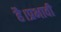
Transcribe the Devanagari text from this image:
है।प्रभावी